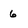
Character: 6